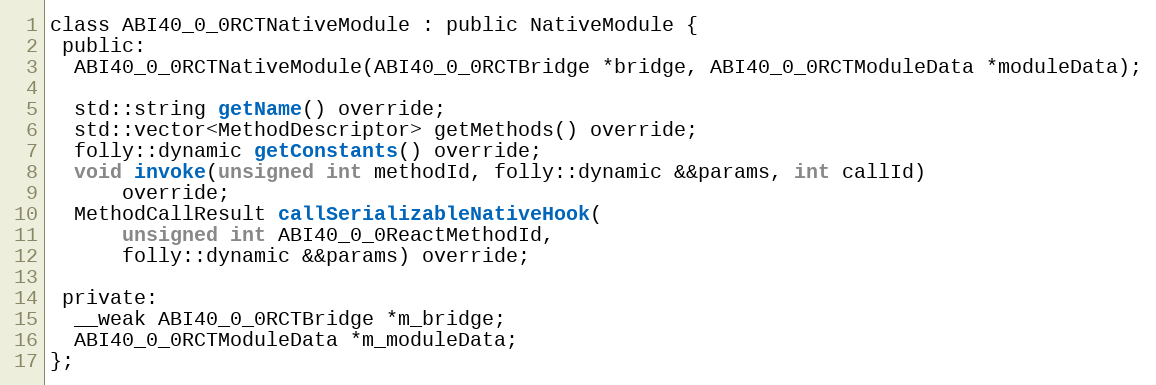
Language: C
class ABI40_0_0RCTNativeModule : public NativeModule {
 public:
  ABI40_0_0RCTNativeModule(ABI40_0_0RCTBridge *bridge, ABI40_0_0RCTModuleData *moduleData);

  std::string getName() override;
  std::vector<MethodDescriptor> getMethods() override;
  folly::dynamic getConstants() override;
  void invoke(unsigned int methodId, folly::dynamic &&params, int callId)
      override;
  MethodCallResult callSerializableNativeHook(
      unsigned int ABI40_0_0ReactMethodId,
      folly::dynamic &&params) override;

 private:
  __weak ABI40_0_0RCTBridge *m_bridge;
  ABI40_0_0RCTModuleData *m_moduleData;
};